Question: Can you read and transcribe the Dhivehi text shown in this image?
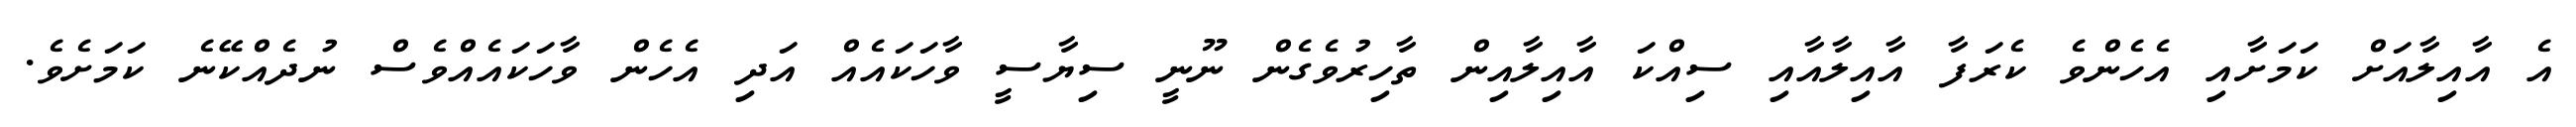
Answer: އެ އާއިލާއަށް ކަމަށާއި އެހެންވެ ކެރަފާ އާއިލާއާއި ސިއްކަ އާއިލާއިން ތާހިރުވެގެން ނޫނީ ސިޔާސީ ވާހަކައެއް އަދި އެހެން ވާހަކައެއްވެސް ނުދެއްކޭނެ ކަމަށެވެ.